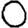
Digit: 0